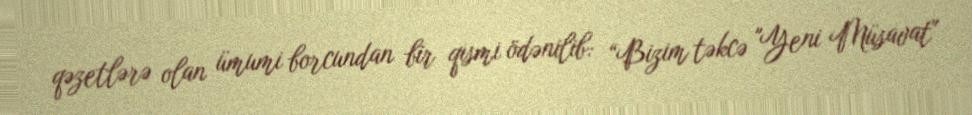
qəzetlərə olan ümumi borcundan bir qismi ödənilib: “Bizim təkcə "Yeni Müsavat"